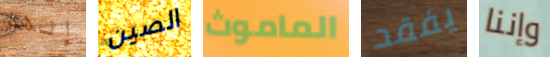
إنها الصين الماموث يفقد وإننا